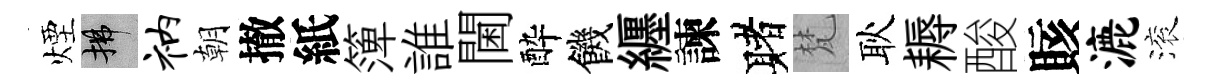
煙拂衲朝撤紙𥱼誰閫酔饑纒諫赌梵耿耨酸賅漉滚